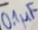
Text: 0.1µF